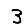
Digit: 3